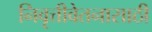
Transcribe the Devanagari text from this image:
निवृत्तीवेतनासाठी